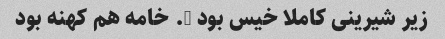
زیر شیرینی کاملا خیس بود …. خامه هم کهنه بود